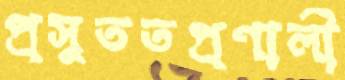
প্রসুততপ্রণালী